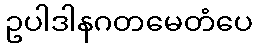
ဥပါဒါနဂတမေတံပေ